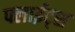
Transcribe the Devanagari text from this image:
फ्लाईट्स